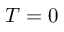
T = 0